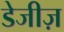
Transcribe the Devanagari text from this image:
डेजीज़